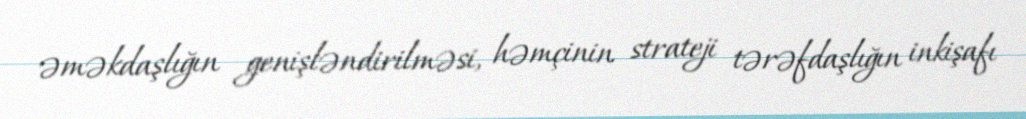
əməkdaşlığın genişləndirilməsi, həmçinin strateji tərəfdaşlığın inkişafı